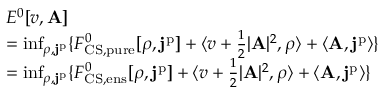
\begin{array} { r l } & { E ^ { 0 } [ v , \mathbf { A } ] } \\ & { = \operatorname* { i n f } _ { \rho , \mathbf { j } ^ { \mathrm { p } } } \{ F _ { \mathrm { C S , p u r e } } ^ { 0 } [ \rho , \mathbf { j } ^ { \mathrm { p } } ] + \langle v + \frac { 1 } { 2 } | \mathbf { A } | ^ { 2 } , \rho \rangle + \langle \mathbf { A } , \mathbf { j } ^ { \mathrm { p } } \rangle \} } \\ & { = \operatorname* { i n f } _ { \rho , \mathbf { j } ^ { \mathrm { p } } } \{ F _ { \mathrm { C S , e n s } } ^ { 0 } [ \rho , \mathbf { j } ^ { \mathrm { p } } ] + \langle v + \frac { 1 } { 2 } | \mathbf { A } | ^ { 2 } , \rho \rangle + \langle \mathbf { A } , \mathbf { j } ^ { \mathrm { p } } \rangle \} } \end{array}